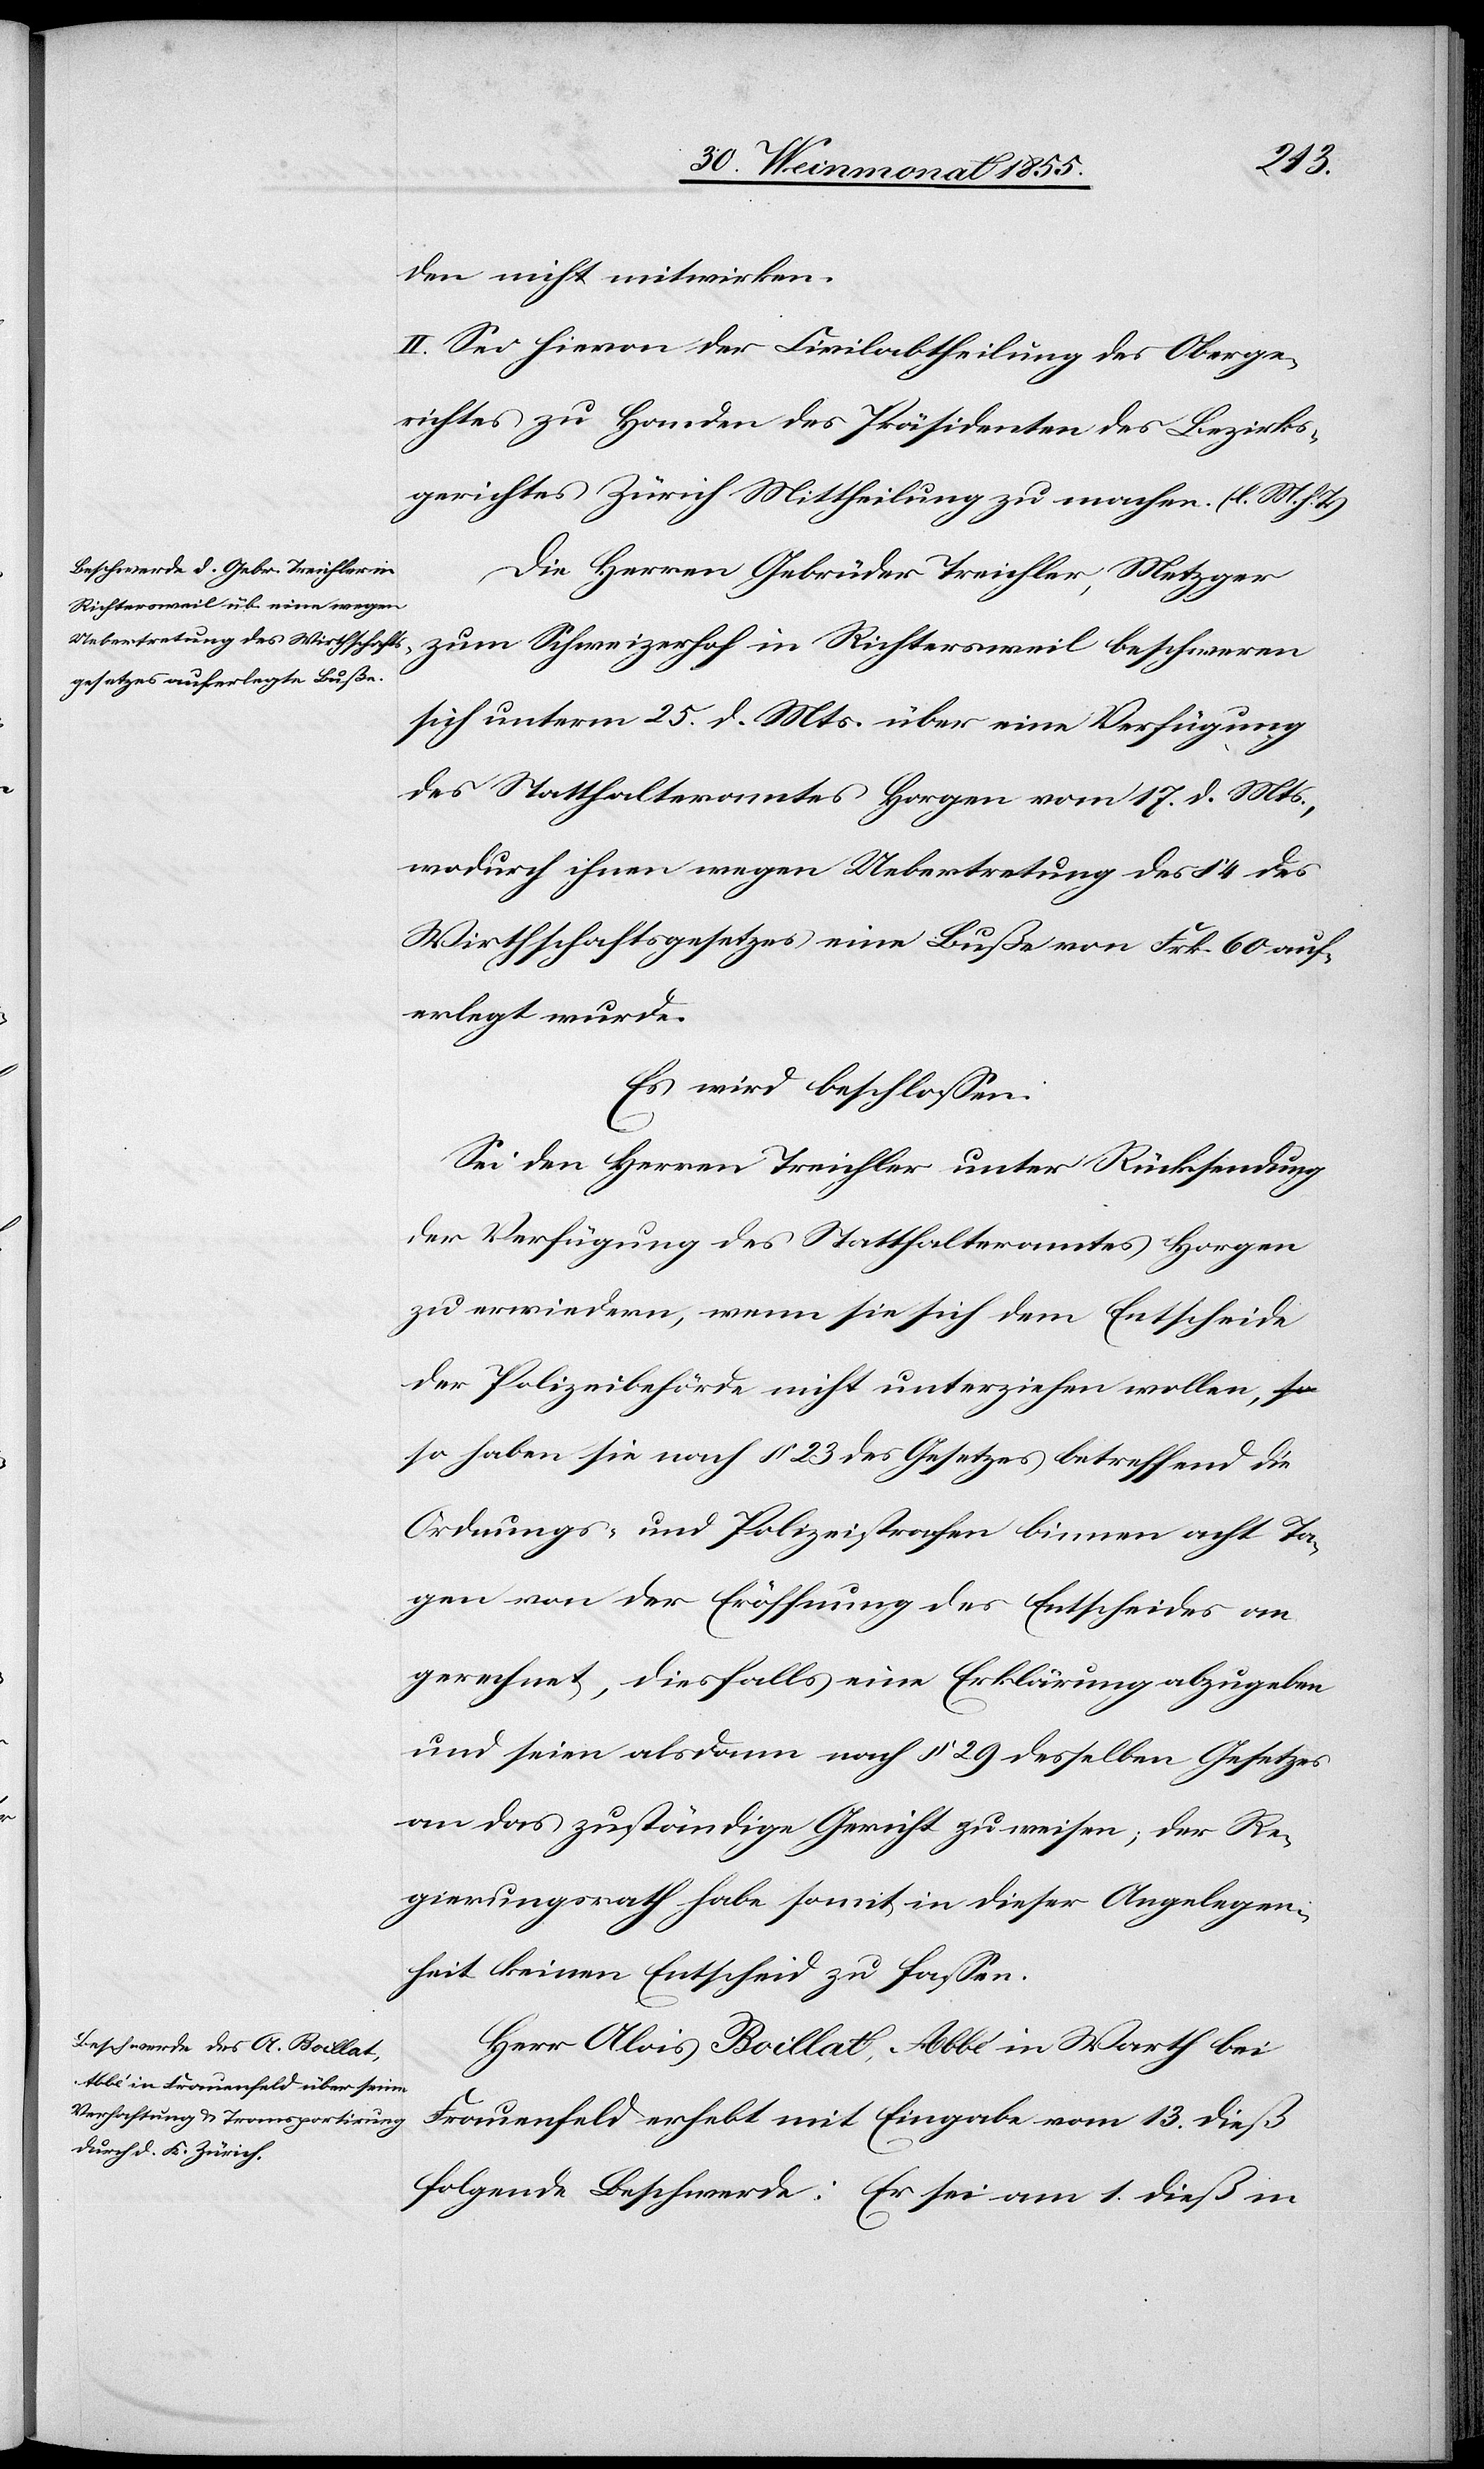
den nicht mitwirken.
II. Sei hievon der Civilabtheilung des Oberge¬
richtes zu Handen des Präsidenten des Bezirks¬
gerichtes Zürich Mittheilung zu machen. (l. M. h. T.)
Die Herren Gebrüder Treichler, Metzger
zum Schweizerhof in Richtersweil beschweren
sich unterm 25. d. Mts. über eine Verfügung
des Statthalteramtes Horgen vom 17. d. Mts.,
wodurch ihnen wegen Uebertretung des § 4 des
Wirthschaftsgesetzes eine Buße von Frk. 60 auf¬
erlegt wurde.
Es wird beschlossen:
Sei den Herren Treichler unter Rücksendung
der Verfügung des Statthalteramtes Horgen
zu erwiedern, wenn sie sich dem Entscheide
der Polizeibehörde nicht unterziehen wollen, s¬
o haben sie nach § 23 des Gesetzes betreffend die
Ordnungs- und Polizeistrafen binnen acht Ta¬
gen von der Eröffnung des Entscheides an
gerechnet, diesfalls eine Erklärung abzugeben
und seien alsdann nach § 29 desselben Gesetzes
an das zuständige Gericht zu weisen; der Re¬
gierungsrath habe somit in dieser Angelegen¬
heit keinen Entscheid zu fassen.
Herr Alois Boillat, Abbé in Warth bei
Frauenfeld erhebt mit Eingabe vom 13. dieß
folgende Beschwerde: Er sei am 1. dieß in